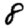
Digit: 8